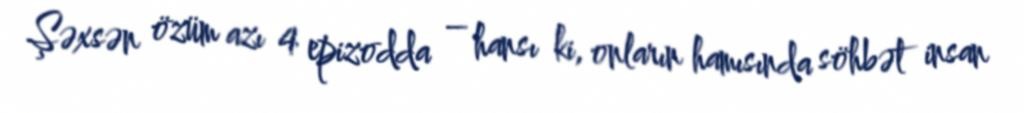
Şəxsən özüm azı 4 epizodda – hansı ki, onların hamısında söhbət insan